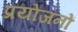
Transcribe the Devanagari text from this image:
प्रयोंजनों